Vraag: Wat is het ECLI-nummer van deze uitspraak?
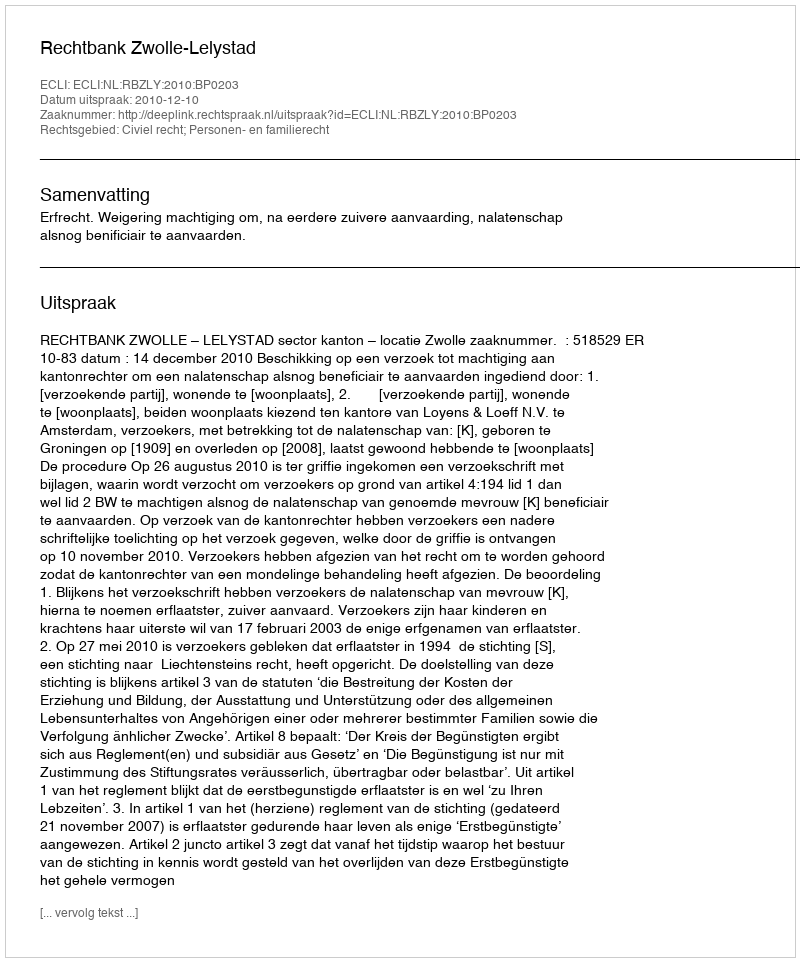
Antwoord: ECLI:NL:RBZLY:2010:BP0203